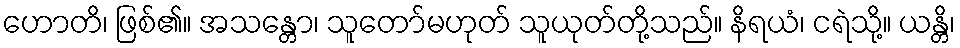
ဟောတိ၊ ဖြစ်၏။ အသန္တော၊ သူတော်မဟုတ် သူယုတ်တို့သည်။ နိရယံ၊ ငရဲသို့။ ယန္တိ၊